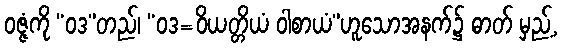
ဝဇ္ဇံကို “ဝဒ”တည်၊ “ဝဒ=ဝိယတ္တိယံ ဝါစာယံ”ဟူသောအနက်၌ ဓာတ် မှည့်,